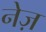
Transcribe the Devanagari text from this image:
नेज़